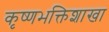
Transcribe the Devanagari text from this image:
कृष्णभक्तिशाखा